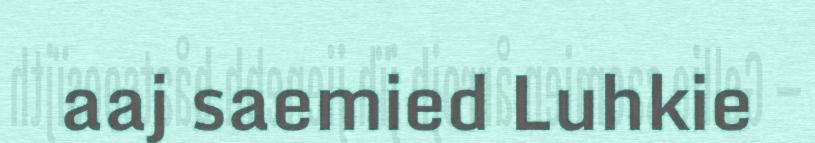
aaj saemied Luhkie